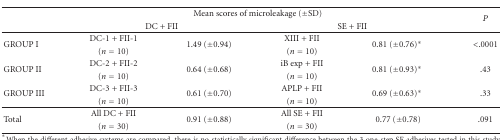
<table><thead><tr><td></td><td colspan="4"><b>Mean scores of microleakage (±SD)</b></td><td rowspan="2"><b><i>P</i></b></td></tr><tr><td></td><td colspan="2"><b>DC + FII</b></td><td colspan="2"><b>SE + FII</b></td></tr></thead><tbody><tr><td rowspan="2">GROUP I</td><td>DC-1 + FII-1</td><td rowspan="2">1.49 (±0.94)</td><td>XIII + FII</td><td rowspan="2">0.81 (±0.76)*</td><td rowspan="2">&lt;.0001</td></tr><tr><td>(<i>n</i> = 10)</td><td>(<i>n</i> = 10)</td></tr><tr><td rowspan="2">GROUP II</td><td>DC-2 + FII-2</td><td rowspan="2">0.64 (±0.68)</td><td>iB exp + FII</td><td rowspan="2">0.81 (±0.93)*</td><td rowspan="2">.43</td></tr><tr><td>(<i>n</i> = 10)</td><td>(<i>n</i> = 10)</td></tr><tr><td rowspan="2">GROUP III</td><td>DC-3 + FII-3</td><td rowspan="2">0.61 (±0.70)</td><td>APLP + FII</td><td rowspan="2">0.69 (±0.63)*</td><td rowspan="2">.33</td></tr><tr><td>(<i>n</i> = 10)</td><td>(<i>n</i> = 10)</td></tr><tr><td rowspan="2">Total</td><td>All DC + FII</td><td rowspan="2">0.91 (±0.88)</td><td>All SE + FII</td><td rowspan="2">0.77 (±0.78)</td><td rowspan="2">.091</td></tr><tr><td>(<i>n</i> = 30)</td><td>(<i>n</i> = 30)</td></tr></tbody></table>